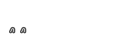
٧٠